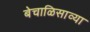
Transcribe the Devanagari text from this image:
बेचाळिसाव्या